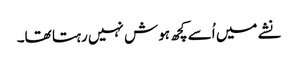
نشے میں اُسے کچھ ہوش نہیں رہتا تھا۔